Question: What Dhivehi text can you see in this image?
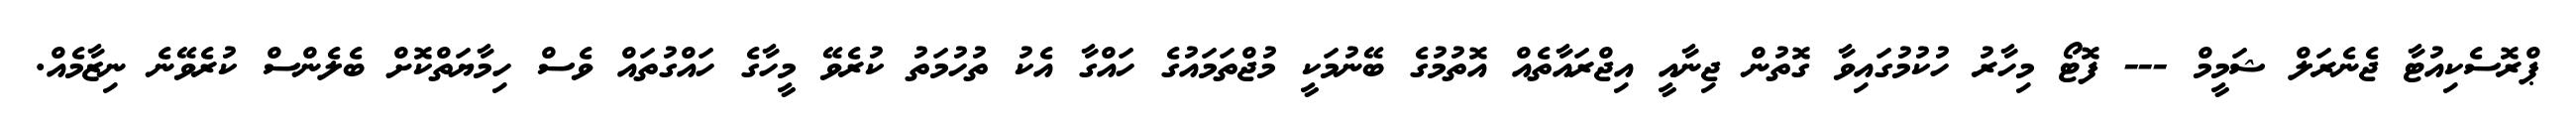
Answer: ޕްރޮސެކިއުޓާ ޖެނެރަލް ޝަމީމް --- ފޮޓޯ މިހާރު ހުކުމުގައިވާ ގޮތުން ޖިނާއީ އިޖްރައާތެއް އޮތުމުގެ ބޭނުމަކީ މުޖްތަމައުގެ ހައްގާ އެކު ތުހުމަތު ކުރެވޭ މީހާގެ ހައްގުތައް ވެސް ހިމާޔަތްކޮށް ބެލެންސް ކުރެވޭނެ ނިޒާމެއް.